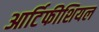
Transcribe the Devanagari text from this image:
आर्टिफीशियल